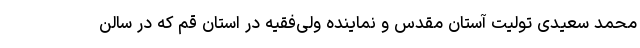
محمد سعیدی تولیت آستان مقدس و نماینده ولی‌فقیه در استان قم که در سالن